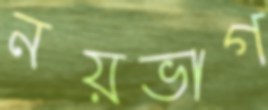
নয়ভাগ